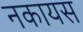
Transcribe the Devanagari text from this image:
नकायस